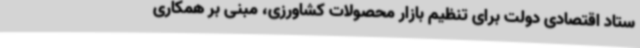
ستاد اقتصادی دولت برای تنظیم بازار محصولات کشاورزی، مبنی بر همکاری